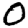
Digit: 0